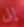
إلى